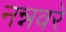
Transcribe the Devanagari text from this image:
नन्नवरे